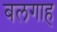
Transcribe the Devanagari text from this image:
बलगाह